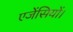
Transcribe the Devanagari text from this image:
एजेंसियों।